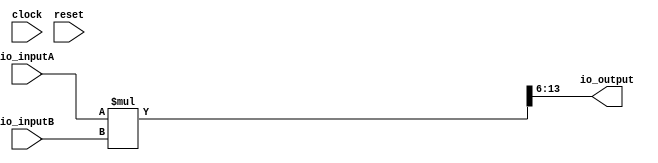
// This program was cloned from: https://github.com/wilfredkisku/CHISEL3-PROJECTS
// License: The Unlicense

module FxP8_MUL(
  input        clock,
  input        reset,
  input  [7:0] io_inputA,
  input  [7:0] io_inputB,
  output [7:0] io_output
);
  wire [15:0] _io_output_T = $signed(io_inputA) * $signed(io_inputB); // @[FIXED8_MUL.scala 14:26]
  wire [9:0] _GEN_0 = _io_output_T[15:6]; // @[FIXED8_MUL.scala 14:13]
  assign io_output = _GEN_0[7:0]; // @[FIXED8_MUL.scala 14:13]
endmodule